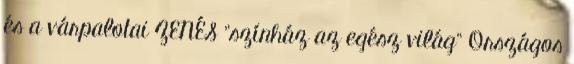
és a várpalotai ZENÉS "színház az egész világ" Országos